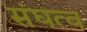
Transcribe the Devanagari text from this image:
संघत्व